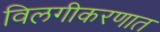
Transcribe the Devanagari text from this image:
विलगीकरणात